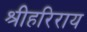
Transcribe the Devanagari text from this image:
श्रीहरिराय